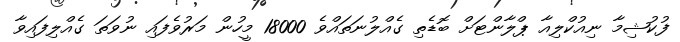
ފުކުޝިމާ ނިއުކްލިއާ ޕްލާންޓަށް ބޮޑެތި ގެއްލުނަތައްވެ 18000 މީހުން މަރުވެފައި ނުވަތަ ގެއްލިފައިވާ